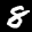
Label: 8